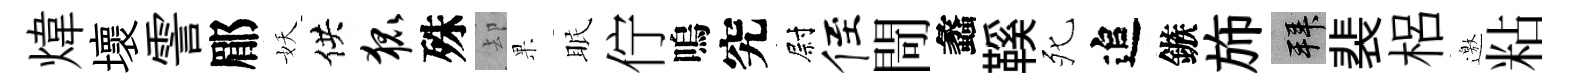
煒壞霅郿妖供狐殊却果眠佇嗚究尉侄閜蠡鞵死追鏃斾拜裴梠邀粘